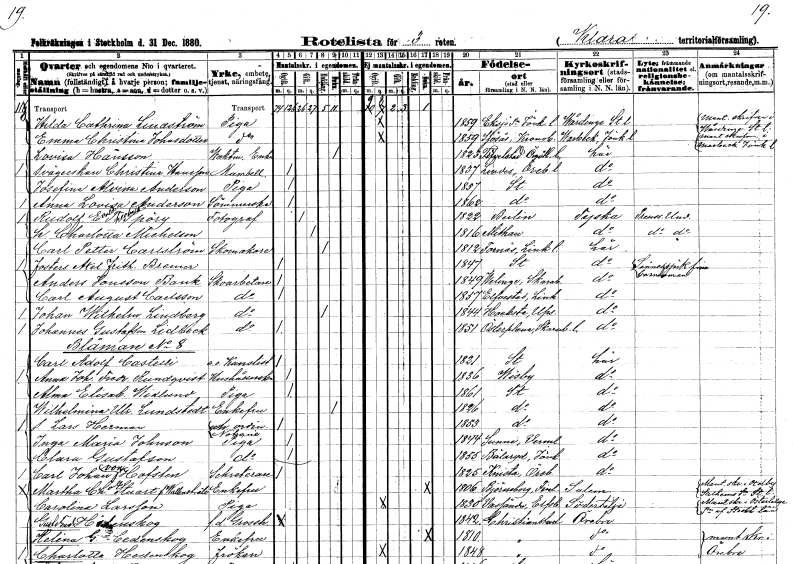
gt_parse: households: individuals: FN: Hilda Cathrina
EN: Lindström
YRKE: Piga
KON: K
CIV: O
FODAR: 1859
FODFORS: Eksjö landsförsamling Jönköpings län
FN: Emma Christina
EN: Johansdotter
YRKE: Piga
KON: K
CIV: O
FODAR: 1859
FODFORS: Sjösås Kronobergs län
FN: Lovisa
EN: Hansson
YRKE: Vaktmästareänka
KON: K
CIV: E
FODAR: 1823
FODFORS: Fivelstad Östergötlands län
FN: Christina
EN: Hansson
KON: K
CIV: O
FODAR: 1837
FODFORS: Linde bergsförsamling Örebro län
FN: Josefina Alvina
EN: Anderson
YRKE: Piga
KON: K
CIV: O
FODAR: 1857
FODFORS: Stockholm
FN: Anna Lovisa
EN: Anderson
YRKE: Sömmerska
KON: K
CIV: O
FODAR: 1862
FODFORS: Stockholm
FN: Rudolf Evald Theobald
EN: Spöry
YRKE: Fotograf
KON: M
CIV: G
FODAR: 1822
FN: Charlotta
EN: Michelson
KON: K
CIV: G
FODAR: 1816
FN: Carl Petter
EN: Carlström
YRKE: Skomakare
KON: M
CIV: E
FODAR: 1812
FODFORS: Fornåsa Östergötlands län
FN: Axel Frithiof
EN: Bremer
KON: M
CIV: O
FODAR: 1847
FODFORS: Stockholm
FN: Anders
EN: Jonsson Bank
YRKE: Skoarbetare
KON: M
CIV: O
FODAR: 1849
FODFORS: Velinga Skaraborgs län
FN: Carl August
EN: Carlsson
YRKE: Skoarbetare
KON: M
CIV: O
FODAR: 1857
FODFORS: Älvestad Östergötlands län
FN: Johan Wilhelm
EN: Lindberg
YRKE: Skoarbetare
KON: M
CIV: E
FODAR: 1844
FODFORS: Hacksta Uppsala län
FN: Johannes
EN: Gustafson Lidbeck
YRKE: Skoarbetare
KON: M
CIV: O
FODAR: 1851
FODFORS: Österplana Skaraborgs län
FN: Carl Adolf
EN: Castelli
YRKE: Kanslist e.o.
KON: M
CIV: O
FODAR: 1821
FODFORS: Stockholm
FN: Anna Johanna Fredrika
EN: Rundqvist
YRKE: Hushållerska
KON: K
CIV: O
FODAR: 1836
FODFORS: Visby Gotlands län
FN: Alma Elisabet
EN: Widlund
YRKE: Piga
KON: K
CIV: O
FODAR: 1861
FODFORS: Stockholm
FN: Wilhelmina Ulrika
EN: Lundstedt
KON: K
CIV: E
FODAR: 1826
FODFORS: Stockholm
FN: Lars Herman
YRKE: Notarie extr. ordin.
KON: M
CIV: O
FODAR: 1853
FODFORS: Stockholm
FN: Inga Maria
EN: Johnson
YRKE: Piga
KON: K
CIV: O
FODAR: 1844
FODFORS: Sunne Värmlands län
FN: Clara
EN: Gustafson
YRKE: Piga
KON: K
CIV: O
FODAR: 1855
FODFORS: Bälaryd Jönköpings län
FN: Carl Johan
EN: von Hofsten
YRKE: Sekreterare
KON: M
CIV: O
FODAR: 1825
FODFORS: Knista Örebro län
FN: Martha Charlotta
EN: Stuart Wallenstråle
KON: K
CIV: E
FODAR: 1806
FN: Carolina
EN: Larsson
YRKE: Piga
KON: K
CIV: O
FODAR: 1830
FODFORS: Vassända Älvsborgs län
FN: Gustaf Fredrik
EN: Hedenskog
YRKE: Grosshandlare f.d.
KON: M
CIV: O
FODAR: 1842
FODFORS: Kristianstad Kristianstads län
FN: Selina G.
EN: Cedenskog
KON: K
CIV: E
FODAR: 1810
FODFORS: Kristianstad Kristianstads län
FN: Charlotta
EN: Hedenskog
KON: K
CIV: O
FODAR: 1848
FODFORS: Kristianstad Kristianstads län